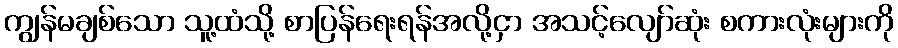
ကျွန်မချစ်သော သူ့ထံသို့ စာပြန်ရေးရန်အလို့ငှာ အသင့်လျော်ဆုံး စကားလုံးများကို